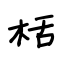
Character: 栝